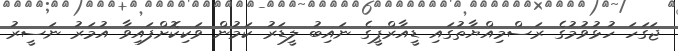
ޖަގަހަ ހުޅުވުމުގެ ރަސްމިއްޔާތުގައި ޑީއާރްޕީގެ ނައިބު ލީޑަރު ކަމުން ވަކިކޮށްފައިވާ އުމަރު ނަސީރު